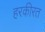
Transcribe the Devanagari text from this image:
हरकीरत